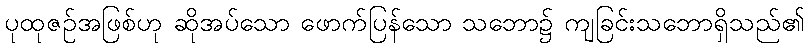
ပုထုဇဉ်အဖြစ်ဟု ဆိုအပ်သော ဖောက်ပြန်သော သဘော၌ ကျခြင်းသဘောရှိသည်၏